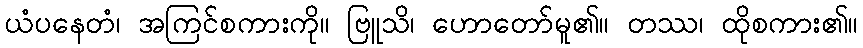
ယံပနေတံ၊ အကြင်စကားကို။ ဗြူသိ၊ ဟောတော်မူ၏။ တဿ၊ ထိုစကား၏။